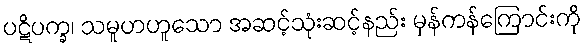
ပဋိပက္ခ၊ သမူဟဟူသော အဆင့်သုံးဆင့်နည်း မှန်ကန်ကြောင်းကို